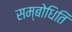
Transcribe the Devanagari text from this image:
सम्बोधिति